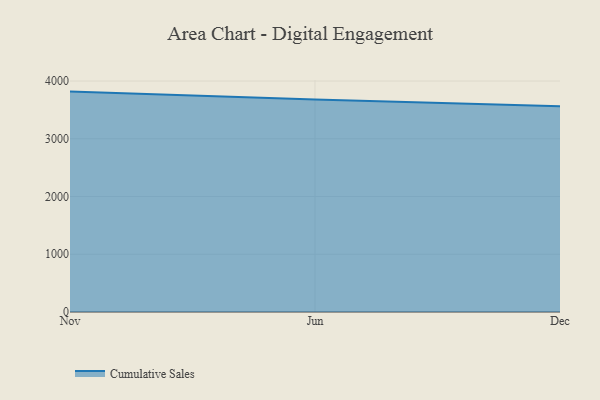
{"axis": {"x": "Month", "y": "Temperature (°C)"}, "legend": ["Cumulative Sales"], "data": [{"x": "Nov", "y": 3816.9, "type": "Cumulative Sales"}, {"x": "Jun", "y": 3682.1, "type": "Cumulative Sales"}, {"x": "Dec", "y": 3563.7, "type": "Cumulative Sales"}]}